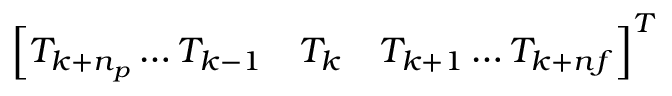
\left[ T _ { k + n _ { p } } \ldots T _ { k - 1 } \quad T _ { k } \quad T _ { k + 1 } \ldots T _ { k + n f } \right] ^ { T }